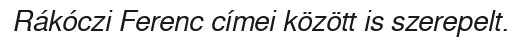
Rákóczi Ferenc címei között is szerepelt.